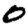
Digit: 0